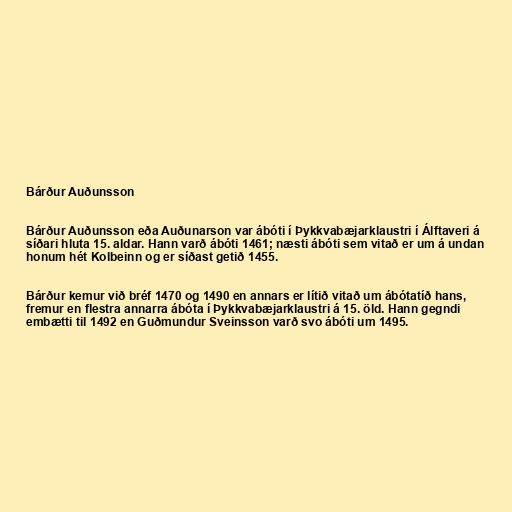
Bárður Auðunsson

Bárður Auðunsson eða Auðunarson var ábóti í Þykkvabæjarklaustri í Álftaveri á
síðari hluta 15. aldar. Hann varð ábóti 1461; næsti ábóti sem vitað er um á undan
honum hét Kolbeinn og er síðast getið 1455.

Bárður kemur við bréf 1470 og 1490 en annars er lítið vitað um ábótatíð hans,
fremur en flestra annarra ábóta í Þykkvabæjarklaustri á 15. öld. Hann gegndi
embætti til 1492 en Guðmundur Sveinsson varð svo ábóti um 1495.